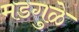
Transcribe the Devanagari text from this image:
मडगुळे